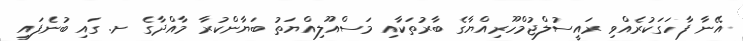
އޭނާ ފާހަގަކުރެއްވި ރައީސުލްޖުމްހޫރިއްޔާގެ ބާރުތަކާއި މަސްއޫލިއްޔަތު ބަޔާންކުރާ މާއްދާގެ ށ. ގައި ބުނެފައި